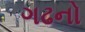
ગઢનો